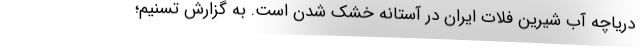
دریاچه آب شیرین فلات ایران در آستانه خشک شدن است. به گزارش تسنیم؛